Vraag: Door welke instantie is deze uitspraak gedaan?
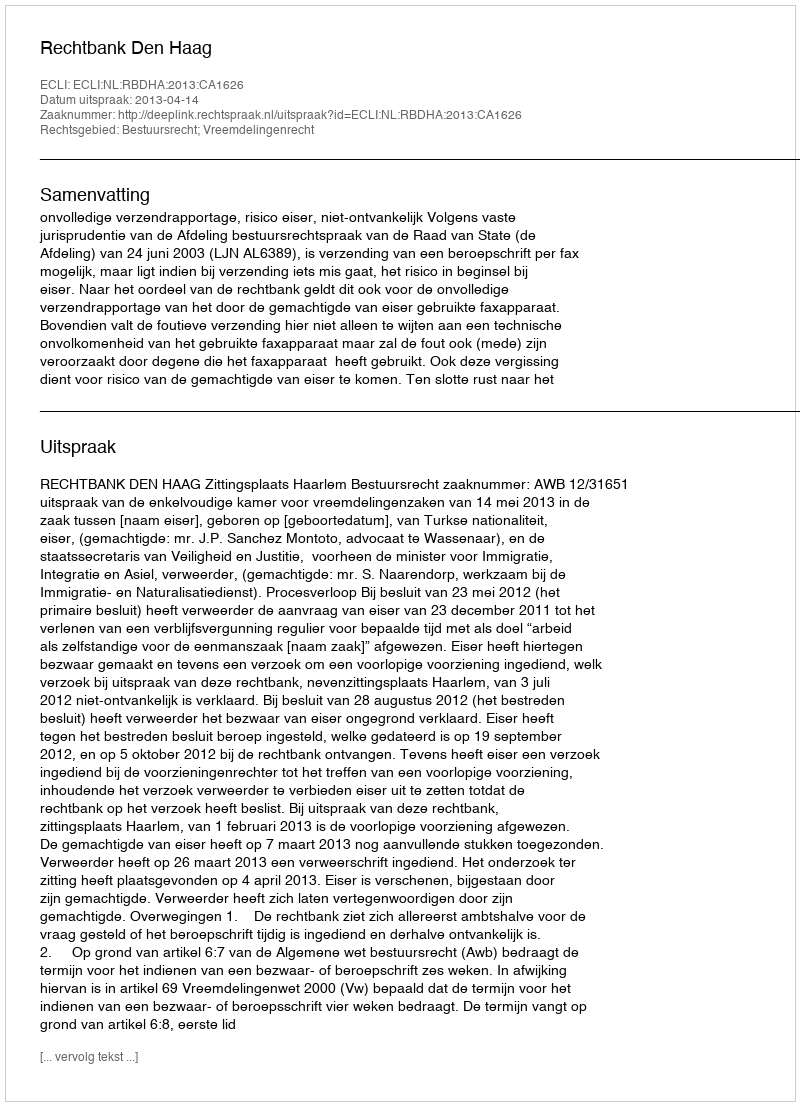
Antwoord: Rechtbank Den Haag